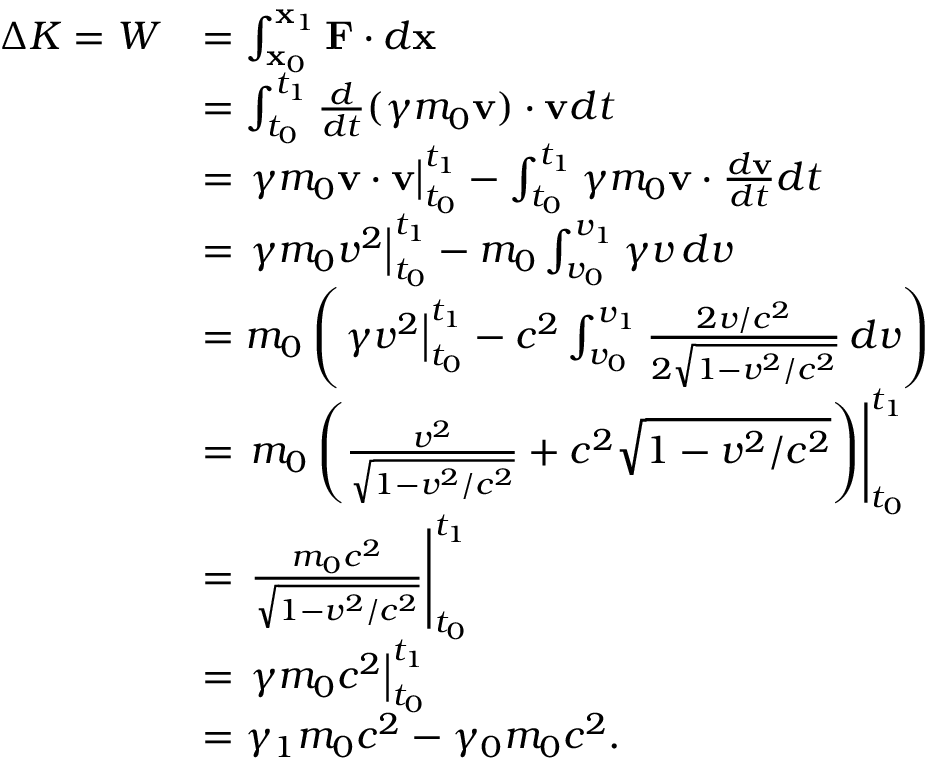
{ \begin{array} { r l } { \Delta K = W } & { = \int _ { \mathbf { x } _ { 0 } } ^ { \mathbf { x } _ { 1 } } \mathbf { F } \cdot d \mathbf { x } } \\ & { = \int _ { t _ { 0 } } ^ { t _ { 1 } } { \frac { d } { d t } } ( \gamma m _ { 0 } \mathbf { v } ) \cdot \mathbf { v } d t } \\ & { = \left. \gamma m _ { 0 } \mathbf { v } \cdot \mathbf { v } \right| _ { t _ { 0 } } ^ { t _ { 1 } } - \int _ { t _ { 0 } } ^ { t _ { 1 } } \gamma m _ { 0 } \mathbf { v } \cdot { \frac { d \mathbf { v } } { d t } } d t } \\ & { = \left. \gamma m _ { 0 } v ^ { 2 } \right| _ { t _ { 0 } } ^ { t _ { 1 } } - m _ { 0 } \int _ { v _ { 0 } } ^ { v _ { 1 } } \gamma v \, d v } \\ & { = m _ { 0 } \left( \left. \gamma v ^ { 2 } \right| _ { t _ { 0 } } ^ { t _ { 1 } } - c ^ { 2 } \int _ { v _ { 0 } } ^ { v _ { 1 } } { \frac { 2 v / c ^ { 2 } } { 2 { \sqrt { 1 - v ^ { 2 } / c ^ { 2 } } } } } \, d v \right) } \\ & { = \left. m _ { 0 } \left( { \frac { v ^ { 2 } } { \sqrt { 1 - v ^ { 2 } / c ^ { 2 } } } } + c ^ { 2 } { \sqrt { 1 - v ^ { 2 } / c ^ { 2 } } } \right) \right| _ { t _ { 0 } } ^ { t _ { 1 } } } \\ & { = \left. { \frac { m _ { 0 } c ^ { 2 } } { \sqrt { 1 - v ^ { 2 } / c ^ { 2 } } } } \right| _ { t _ { 0 } } ^ { t _ { 1 } } } \\ & { = \left. { \gamma m _ { 0 } c ^ { 2 } } \right| _ { t _ { 0 } } ^ { t _ { 1 } } } \\ & { = \gamma _ { 1 } m _ { 0 } c ^ { 2 } - \gamma _ { 0 } m _ { 0 } c ^ { 2 } . } \end{array} }